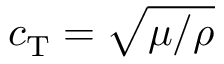
c _ { \mathrm { T } } = \sqrt { \mu / \rho }